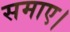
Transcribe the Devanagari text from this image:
समाए।